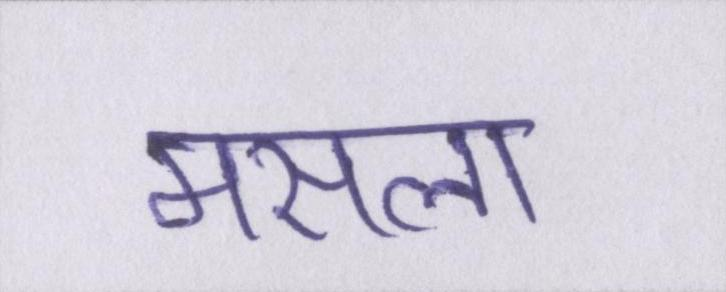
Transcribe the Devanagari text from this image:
मसला